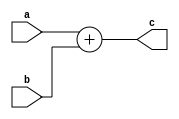
// =============================================================================
// Company      : University of Glasgow
// 
// Design Name  : 
// Module Name  : ui_add (Unsigned Integer Add)
// Project Name : TyTra
// Target Devices: Stratix V (D5/D8) 
//
// Tool versions: 
// Dependencies : 
//
// Revision     : 
// Revision 0.01. File Created
// 
// =============================================================================

// =============================================================================
// General Description
// -----------------------------------------------------------------------------
// A general purpose N-bit adder.
// 
// NOTE: Output bit-width is same as inputs, and there is no overflow
// detection
//==============================================================================

module ui_add
#(
// =============================================================================
// ** Parameters 
// =============================================================================
// Size of word (parent should over-write this if needeD)
  parameter N = 64 
)

(
// =============================================================================
// ** Ports 
// =============================================================================
  output reg  [N-1:0] c,
  input       [N-1:0] a,
  input       [N-1:0] b
);

// =============================================================================
// ** Procedures and assignments
// =============================================================================
always @(*)
begin
  c = a + b; //2's complement addition so no additional logic needed...
end

endmodule